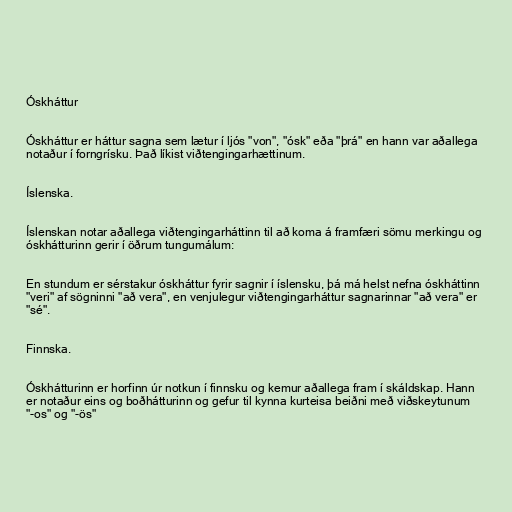
Óskháttur

Óskháttur er háttur sagna sem lætur í ljós "von", "ósk" eða "þrá" en hann var aðallega
notaður í forngrísku. Það líkist viðtengingarhættinum.

Íslenska.

Íslenskan notar aðallega viðtengingarháttinn til að koma á framfæri sömu merkingu og
óskhátturinn gerir í öðrum tungumálum:

En stundum er sérstakur óskháttur fyrir sagnir í íslensku, þá má helst nefna óskháttinn
"veri" af sögninni "að vera", en venjulegur viðtengingarháttur sagnarinnar "að vera" er
"sé".

Finnska.

Óskhátturinn er horfinn úr notkun í finnsku og kemur aðallega fram í skáldskap. Hann
er notaður eins og boðhátturinn og gefur til kynna kurteisa beiðni með viðskeytunum
"-os" og "-ös"